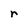
Character: r